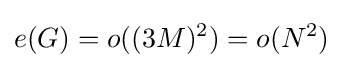
e(G)=o((3M)^{2})=o(N^{2})